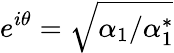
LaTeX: e^{i\theta}=\sqrt{\alpha_{1}/\alpha_{1}^{*}}